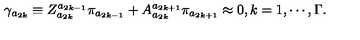
\gamma _ { a _ { 2 k } } \equiv Z _ { a _ { 2 k } } ^ { a _ { 2 k - 1 } } \pi _ { a _ { 2 k - 1 } } + A _ { a _ { 2 k } } ^ { a _ { 2 k + 1 } } \pi _ { a _ { 2 k + 1 } } \approx 0 , k = 1 , \cdots , \Gamma .